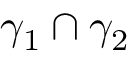
\gamma _ { 1 } \cap \gamma _ { 2 }